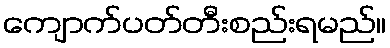
ကျောက်ပတ်တီးစည်းရမည်။